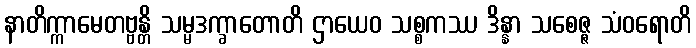
နာတိက္ကာမေတဗ္ဗန္တိ သမ္မဒက္ခာတောတိ ဌာယေဝ သစ္စကဿ ဒိန္နာ သစေဇ္ဇ သံဝရောတိ